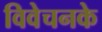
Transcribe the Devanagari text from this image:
विवेचनके